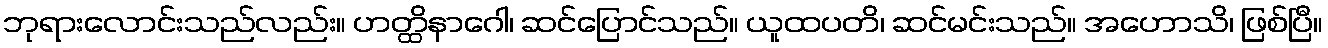
ဘုရားလောင်းသည်လည်း။ ဟတ္ထိနာဂေါ၊ ဆင်ပြောင်သည်။ ယူထပတိ၊ ဆင်မင်းသည်။ အဟောသိ၊ ဖြစ်ပြီ။